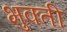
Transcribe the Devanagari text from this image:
भुक्ती